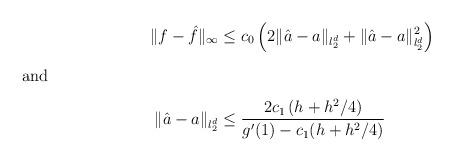
LaTeX: \begin{align*}\|f-\hat f\|_{\infty}&\leq c_0\left(2\|\hat a- a\|_{l_2^d}+\|\hat a- a\|_{l_2^d}^2\right)\\\intertext{and}\|\hat a- a\|_{l_2^d}&\le \frac{2 c_1\left(h+h^2/4\right)}{g'(1) -c_1(h+h^2/4)}\end{align*}